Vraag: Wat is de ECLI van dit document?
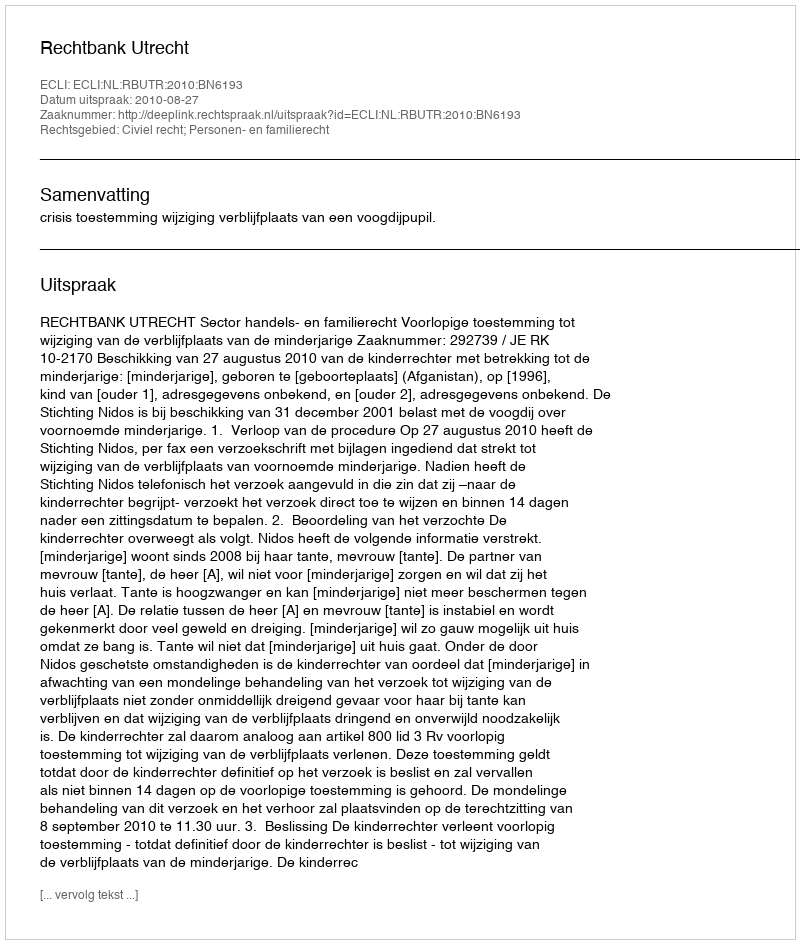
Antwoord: ECLI:NL:RBUTR:2010:BN6193